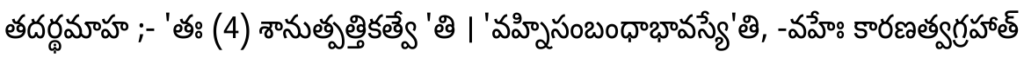
తదర్థమాహ ;- 'తః (4) శానుత్పత్తికత్వే 'తి । 'వహ్నిసంబంధాభావస్యే'తి, -వహేః కారణత్వగ్రహాత్